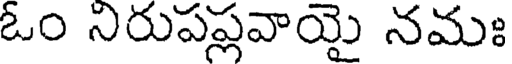
ఓం నిరుపప్లవాయై నమః